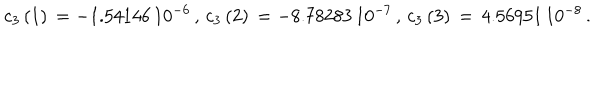
c _ { 3 } \left( 1 \right) \, = - 1 . 5 4 1 4 6 \, 1 0 ^ { - 6 } \, , \, c _ { 3 } \left( 2 \right) \, = - 8 . 7 8 2 8 3 \, 1 0 ^ { - 7 } \, , \, c _ { 3 } \left( 3 \right) \, = \, 4 . 5 6 9 5 1 \, 1 0 ^ { - 8 } \, .